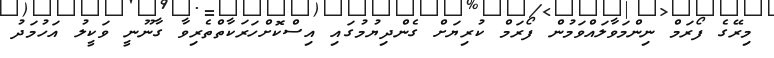
މިރޭގެ ފޯރަމް ނިންމަވާލައްވަމުން ފޯރަމް ކުރިޔަށް ގެންދިޔުމުގައި އިސްކޮށްހަރަކާތްތެރިވާ ގާނޫނީ ވަކީލު އަހުމަދު